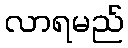
လာရမည်